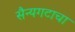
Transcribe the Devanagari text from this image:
सैन्यगटाचा